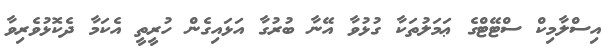
އިސްލާމިކް ސްޓޭޓްގެ ޢަމަލުތަކާ ގުޅުވާ އޭނާ ބުރުގާ އަޅައިގެން ހުރީތީ އެކަމާ ދެކޮޅުވެރިވާ